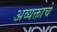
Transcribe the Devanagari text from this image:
अव्यक्ताचे